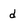
Character: d